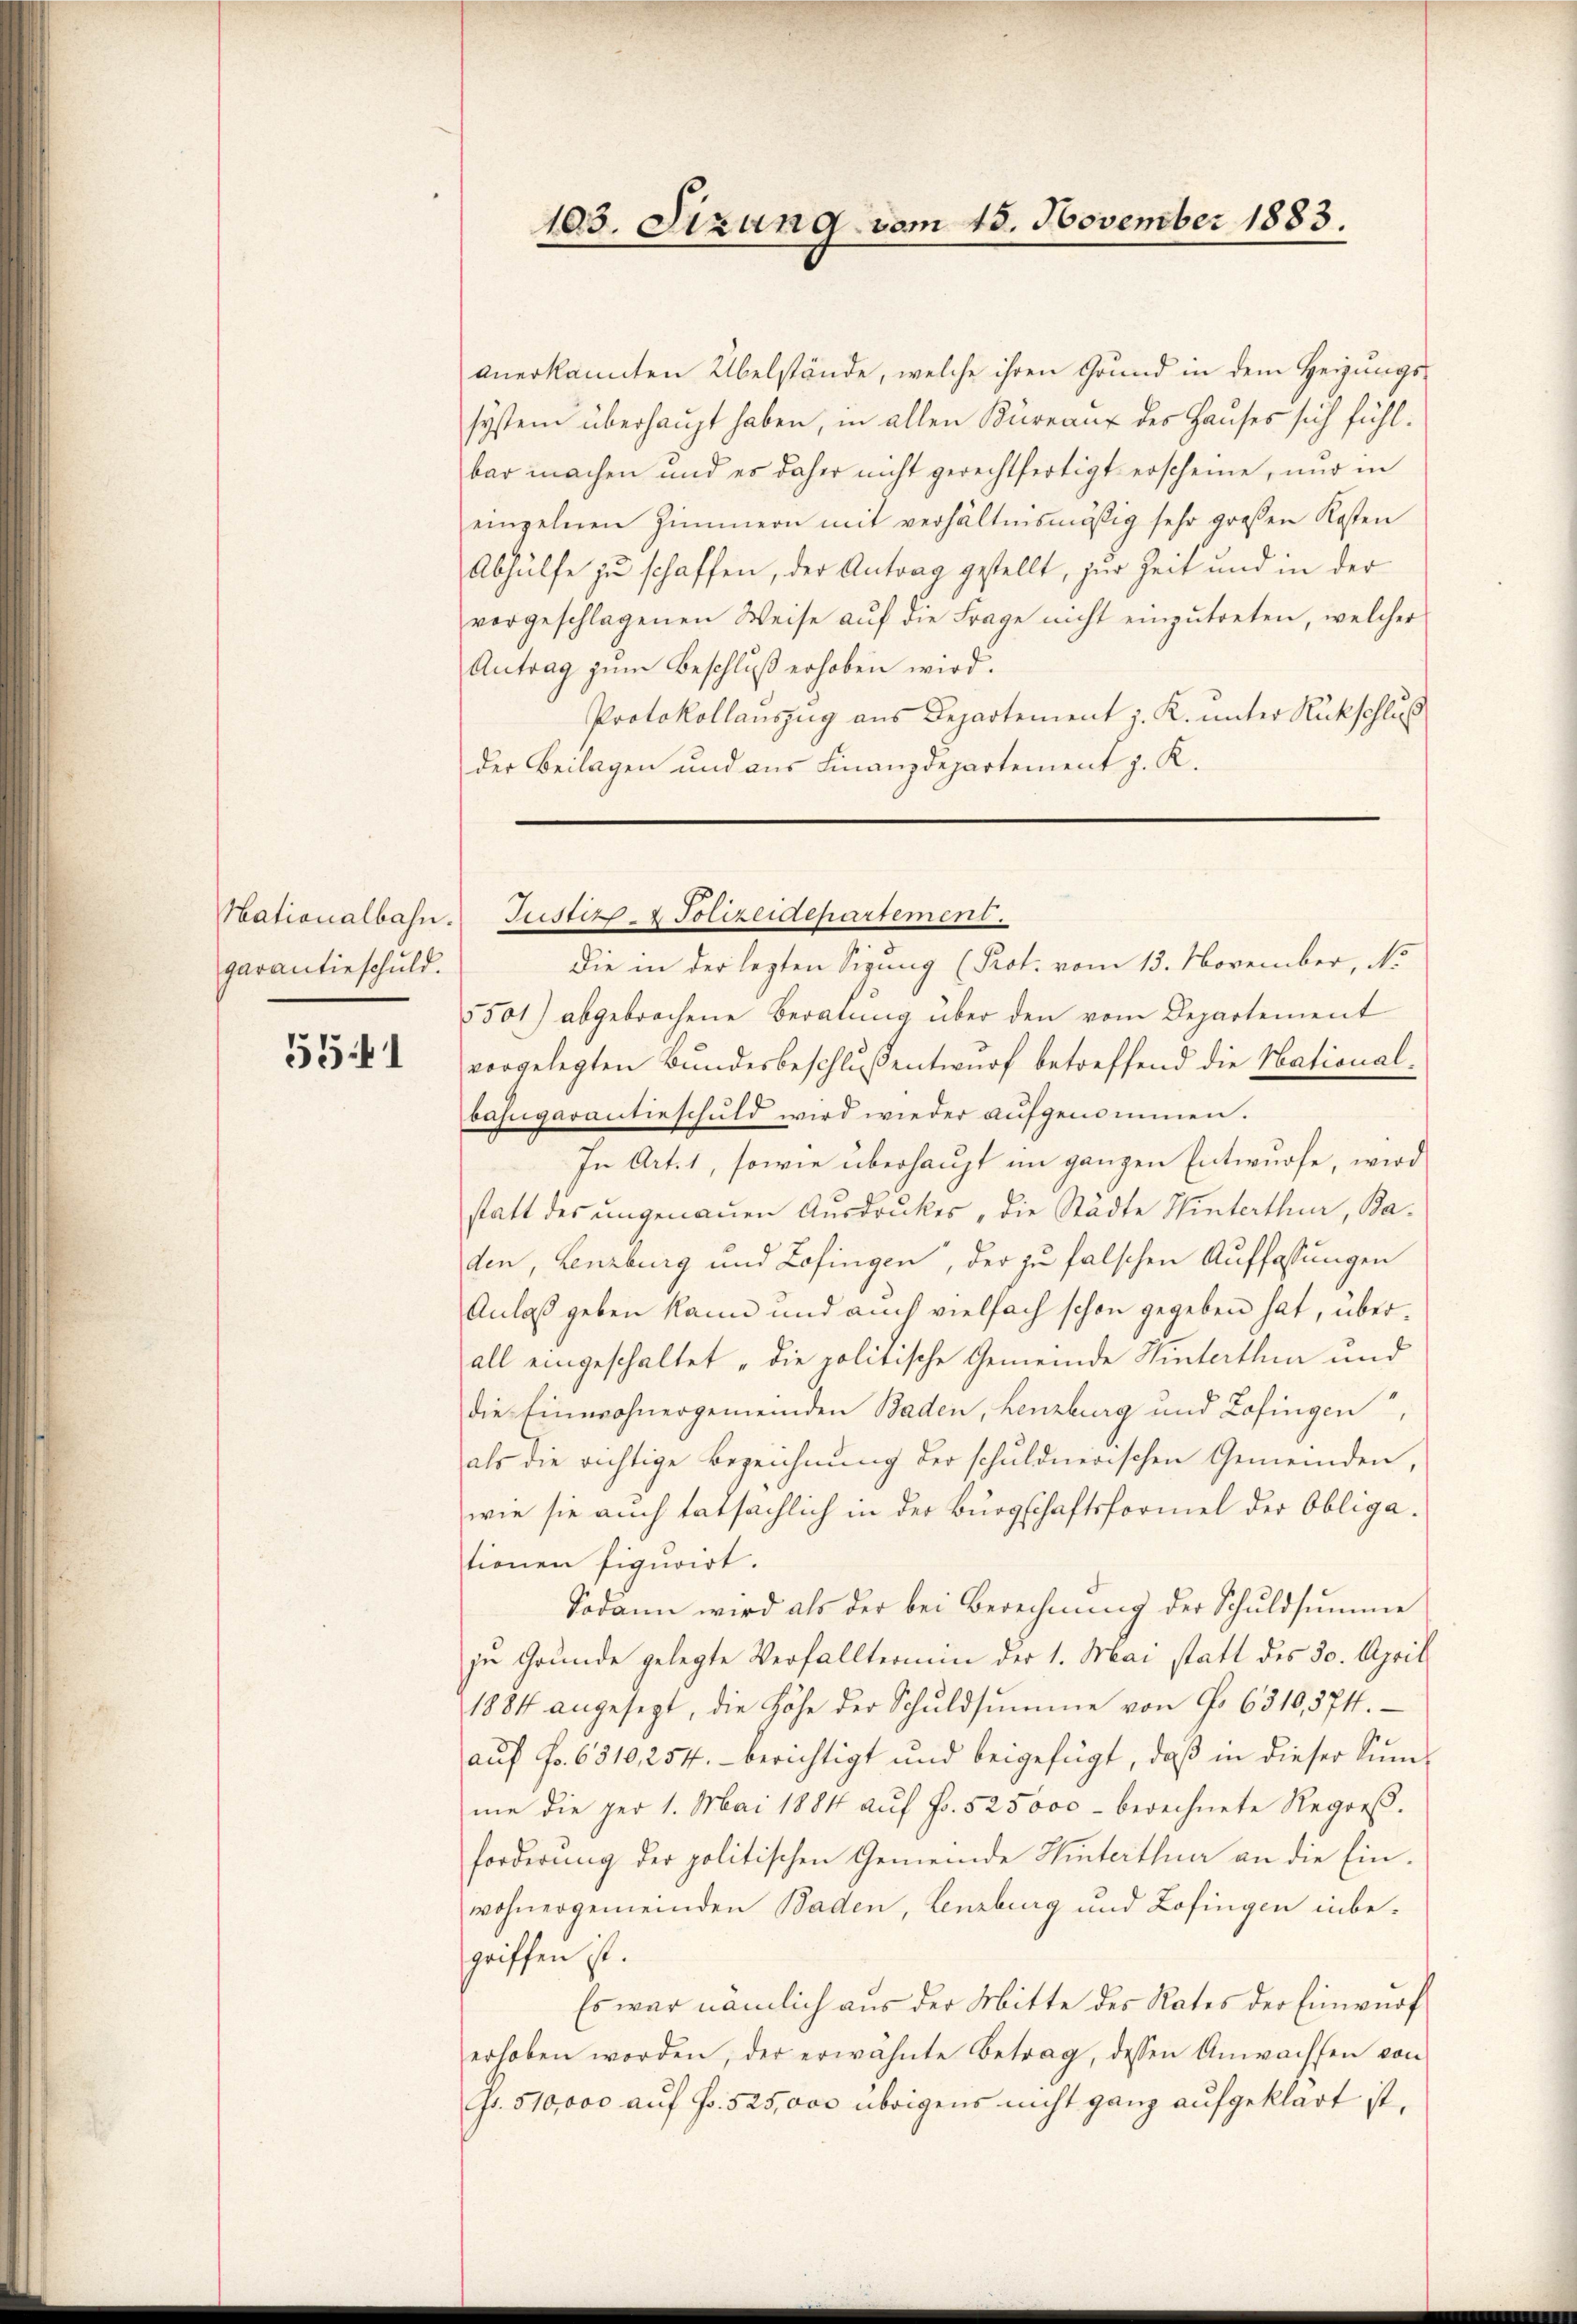
Hationalbahn.
garantieschuld.

5541

anerkannten Übelstände, welche ihren Grund in dem Heizungs
system überhaupt haben, in allen Büreaux des Hauses sich fühl-
bar machen und es daher nicht gerechtfertigt erscheine, nur in
einzelnen Zimmern mit verhältnismäsig sehr großen Kosten
Abhülfe zu schaffen, der Antrag gestellt, zur Zeit und in der
vergeschlagenen Weise aŭf die Frage nicht einzŭtreten, welcher
Antrag zum Beschluß erhoben wird.
Protokollauszug aus Departement z. K. unter Rückschluß
der Beilagen und aus Finanzdepartement z. K.

die in der lezten Sizung (Prot. vom 13. November, No
5501) abgebrochene Beratŭng über den vom Departement
vorgelegten Bundesbeschluß entwurf betreffend die Nationalbahngarantieschuld wird wieder aufgenommen.
In Art. 1, sowie überhaupt im ganzen Entwurfe, wird
statt des ungenauen Ausdruckes, die Städte Winterthur, Baden, Lenzburg und Lofingen, der zu falschen Auffassungen
Anlaß geben kann und auch vielfach schon gegeben hat, überall eingeschaltet „die politische Gemeinde Hinterthen und
die Einwohnergemeinden Baden, Lenzburg und Zofingen,
als die richtige Bezeichnung der schuldnerischen Gemeinden,
wie sie auch tatsächlich in der Burgschaftsformel der Obligationen figurirt.
Sodann wird als der bei Berechnung der Schuldsumme
zu Grunde gelegte Verfallterium der 1. Mai statt des 30. April
1884 angesezt, die Höhe der Schuldsumme von No 6310,374.
auf Fr. 6310, 254. berichtigt und beigefügt, daß in dieser Summe die per 1. Mai 1884 aŭf Fr. 525000 - berechnete Regoeβ.
forderung der politischen Gemeinde Winterthue an die Einwohnergemeinden Baden, Lenzburg und Zofingen inbegriffen ist.
Es war nämlich aus der Mitte des Rates der Einwurf
erhoben worden, der erwähnte Betrag, dessen Anwachsen von
Gr. 510,000 auf Fr. 525,000 übrigens nicht ganz aufgeklärt ist,

103. Sizung vom 15. November 1883.

Justiz- & Polizeidepartement.